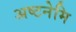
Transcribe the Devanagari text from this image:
अष्टनेमि